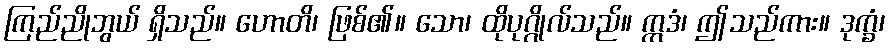
ကြည်ညိုဘွယ် ရှိသည်။ ဟောတိ၊ ဖြစ်၏။ သော၊ ထိုပုဂ္ဂိုလ်သည်။ ဣဒံ၊ ဤသည်ကား။ ဒုက္ခံ၊